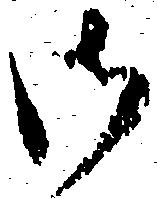
御